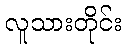
လူသားတိုင်း